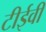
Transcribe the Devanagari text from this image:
टीईवी